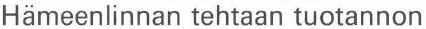
Hämeenlinnan tehtaan tuotannon